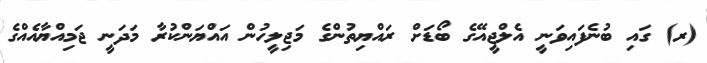
(ރ) ގައި ބުނެފައިވަނީ އެލްޖީއޭގެ ބޯޑަށް ރައްޔިތުންގެ މަޖިލީހުން އައްޔަންކުރާ މަދަނީ ޖަމިއްޔާއެއްގެ